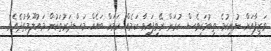
ވަޒީފާއަށް ނުނިކުމެ ތިބުމަކީވެސް ކުރަން ރޭވިފައިވާ ކަމެއް ކަމަށް ބައެއް މަސްދަރުތަކުން މައުލޫމާތުދެއެވެ.